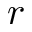
r